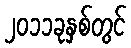
၂၀၁၁ခုနှစ်တွင်